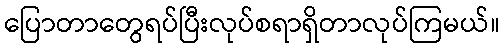
ပြောတာတွေရပ်ပြီးလုပ်စရာရှိတာလုပ်ကြမယ်။